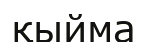
қыйма